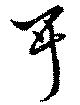
耳